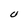
Character: U